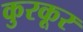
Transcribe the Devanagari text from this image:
कुरकूर